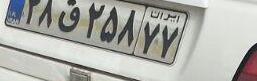
۲۸ق۲۵۸۷۷